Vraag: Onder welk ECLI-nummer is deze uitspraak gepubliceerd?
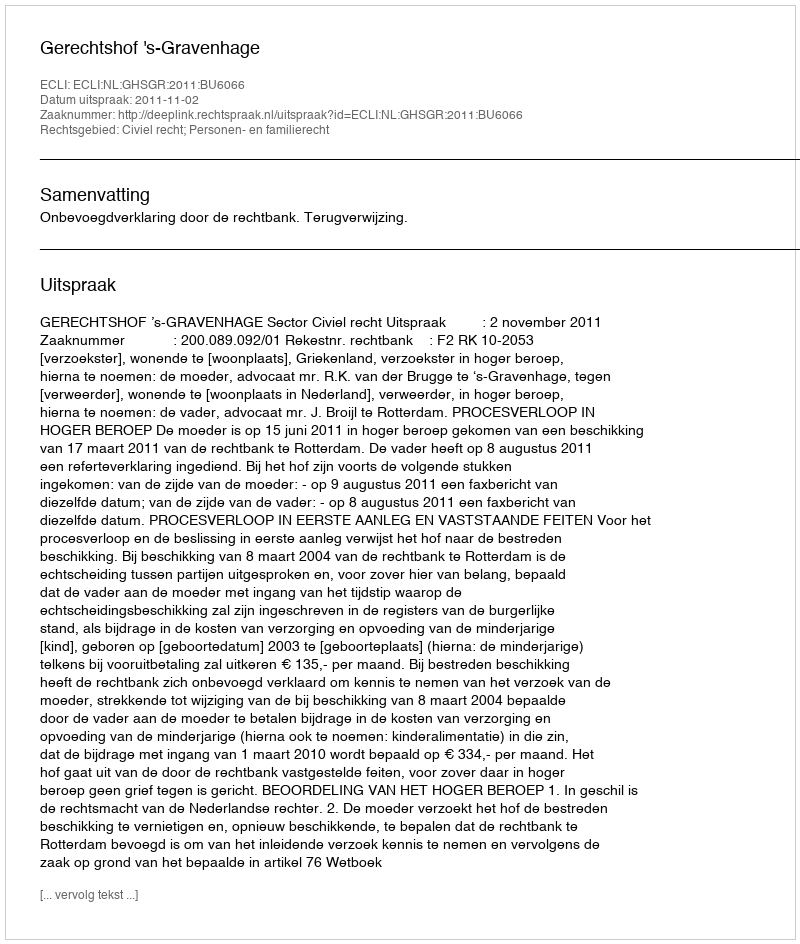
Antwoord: ECLI:NL:GHSGR:2011:BU6066